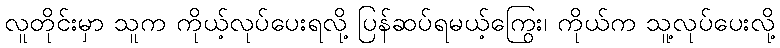
လူတိုင်းမှာ သူက ကိုယ့်လုပ်ပေးရလို့ ပြန်ဆပ်ရမယ့်ကြွေး၊ ကိုယ်က သူ့လုပ်ပေးလို့